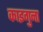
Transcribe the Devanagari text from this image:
काइगुना